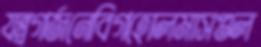
যন্ত্রগর্জনেবিগহোলমাসগুল